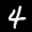
Label: 4